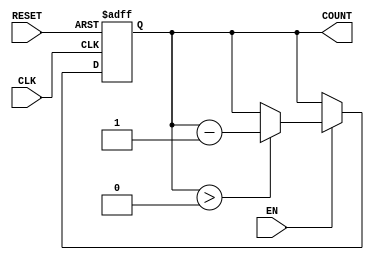
module decremental_counter (
    input wire CLK,        // Clock signal
    input wire RESET,      // Asynchronous reset signal
    input wire EN,        // Enable signal
    output reg [3:0] COUNT // 4-bit counter output
);

// Parameter for initial value (can be adjusted as needed)
parameter INITIAL_VALUE = 4'b1111; // Example: start counting from 15

// Always block for counter operation
always @(posedge CLK or posedge RESET) begin
    if (RESET) begin
        COUNT <= INITIAL_VALUE; // Reset to initial value
    end else if (EN) begin
        if (COUNT > 0) begin
            COUNT <= COUNT - 1; // Decrement the counter
        end
        // If COUNT is 0, it holds the value (no underflow)
    end
    // If EN is low, COUNT retains its current value
end

endmodule